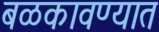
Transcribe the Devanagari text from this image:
बळकावण्यात